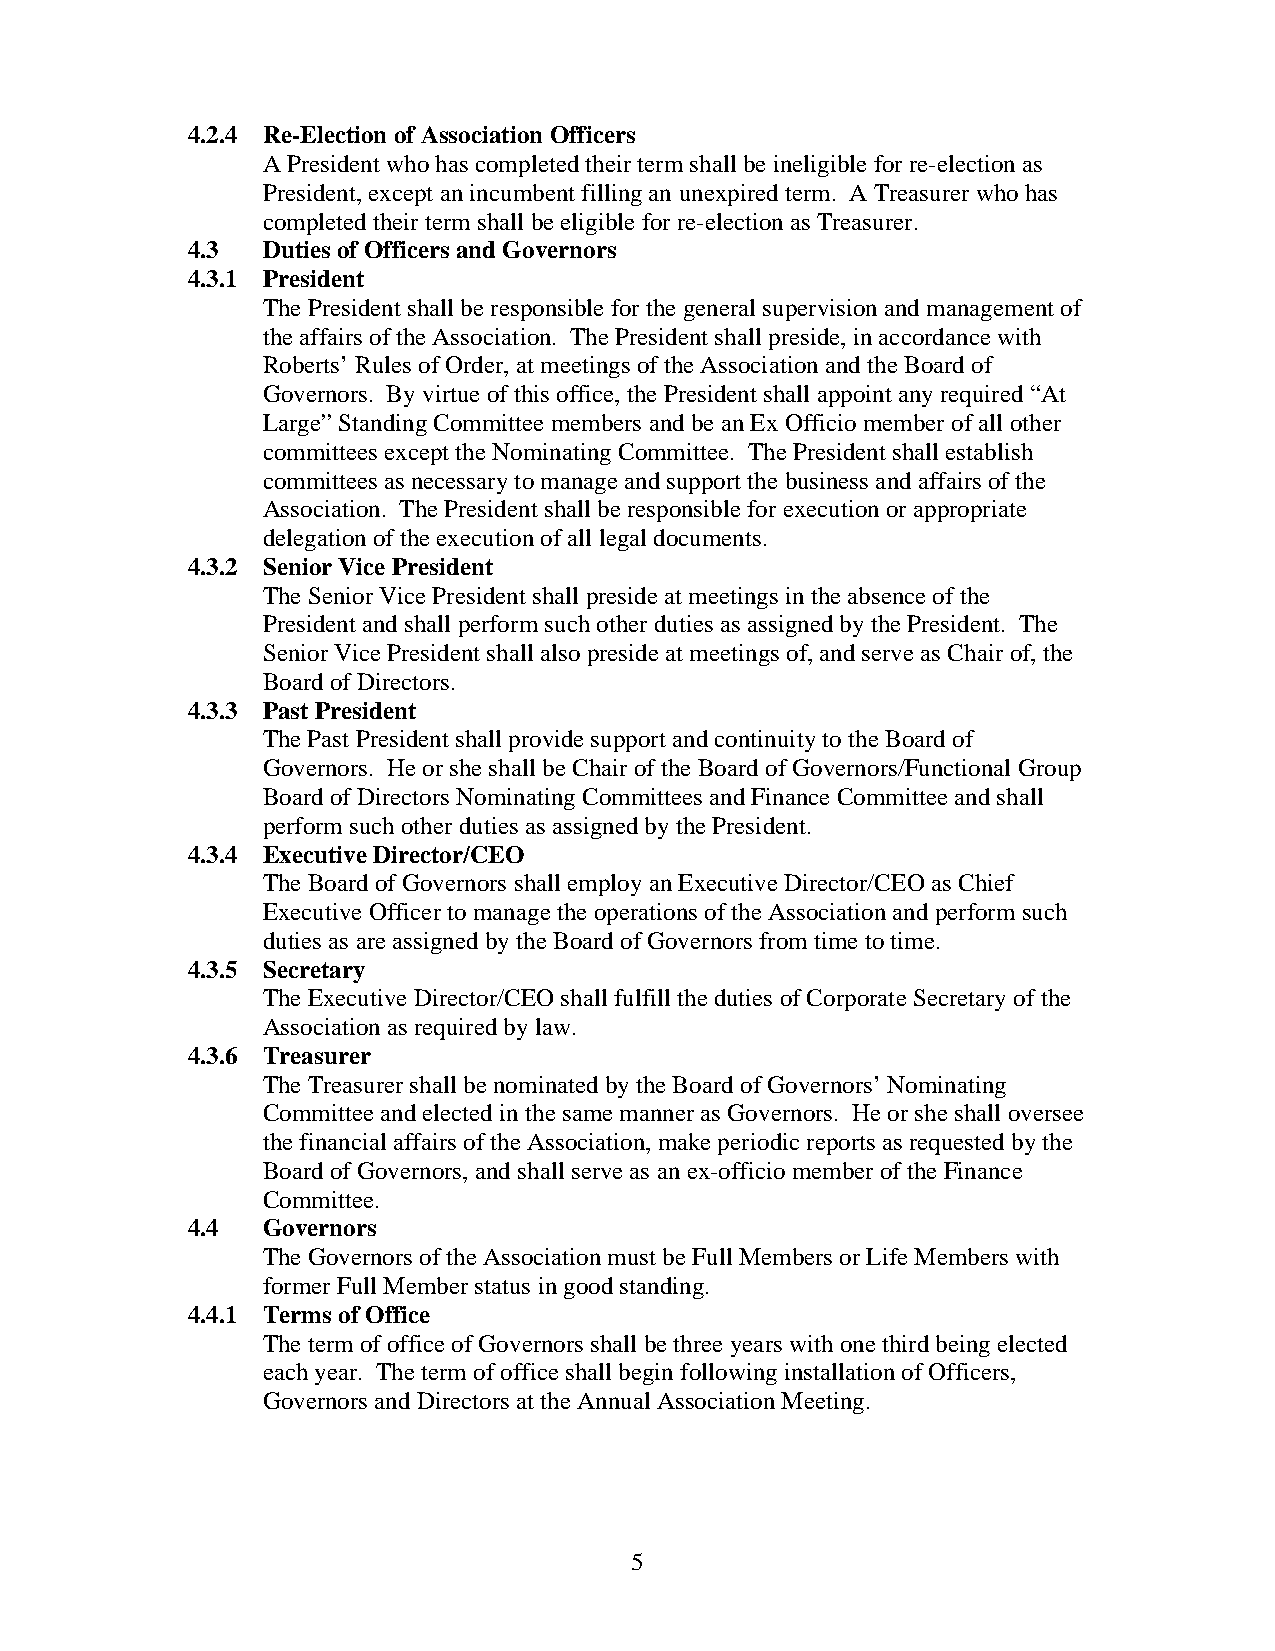
4.2.4 Re-Election of Association Officers
 A President who has completed their term shall be ineligible for re-election as
 President, except an incumbent filling an unexpired term. A Treasurer who has
 completed their term shall be eligible for re-election as Treasurer.
 4.3  Duties of Officers and Governors
 4.3.1 President
 The President shall be responsible for the general supervision and management of
 the affairs of the Association. The President shall preside, in accordance with
 Roberts’ Rules of Order, at meetings of the Association and the Board of
 Governors. By virtue of this office, the President shall appoint any required “At
 Large” Standing Committee members and be an Ex Officio member of all other
 committees except the Nominating Committee. The President shall establish
 committees as necessary to manage and support the business and affairs of the
 Association. The President shall be responsible for execution or appropriate
 delegation of the execution of all legal documents.
 4.3.2 Senior Vice President
 The Senior Vice President shall preside at meetings in the absence of the
 President and shall perform such other duties as assigned by the President. The
 Senior Vice President shall also preside at meetings of, and serve as Chair of, the
 Board of Directors.
 4.3.3 Past President
 The Past President shall provide support and continuity to the Board of
 Governors. He or she shall be Chair of the Board of Governors/Functional Group
 Board of Directors Nominating Committees and Finance Committee and shall
 perform such other duties as assigned by the President.
 4.3.4 Executive Director/CEO
 The Board of Governors shall employ an Executive Director/CEO as Chief
 Executive Officer to manage the operations of the Association and perform such
 duties as are assigned by the Board of Governors from time to time.
 4.3.5 Secretary
 The Executive Director/CEO shall fulfill the duties of Corporate Secretary of the
 Association as required by law.
 4.3.6 Treasurer
 The Treasurer shall be nominated by the Board of Governors’ Nominating
 Committee and elected in the same manner as Governors. He or she shall oversee
 the financial affairs of the Association, make periodic reports as requested by the
 Board of Governors, and shall serve as an ex-officio member of the Finance
 Committee.
 4.4  Governors
 The Governors of the Association must be Full Members or Life Members with
 former Full Member status in good standing.
 4.4.1 Terms of Office
 The term of office of Governors shall be three years with one third being elected
 each year. The term of office shall begin following installation of Officers,
 Governors and Directors at the Annual Association Meeting.
 5